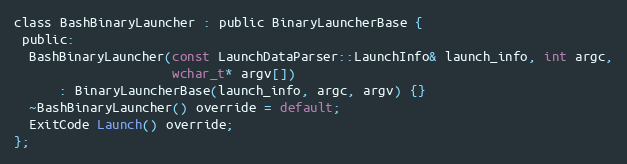
Language: C
class BashBinaryLauncher : public BinaryLauncherBase {
 public:
  BashBinaryLauncher(const LaunchDataParser::LaunchInfo& launch_info, int argc,
                     wchar_t* argv[])
      : BinaryLauncherBase(launch_info, argc, argv) {}
  ~BashBinaryLauncher() override = default;
  ExitCode Launch() override;
};